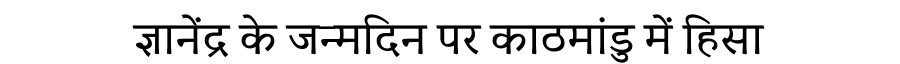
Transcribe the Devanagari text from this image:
ज्ञानेंद्र के जन्मदिन पर काठमांडु में हिसा